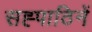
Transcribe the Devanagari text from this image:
सह्पाठिनें